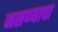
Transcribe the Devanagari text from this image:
नसण्याचा